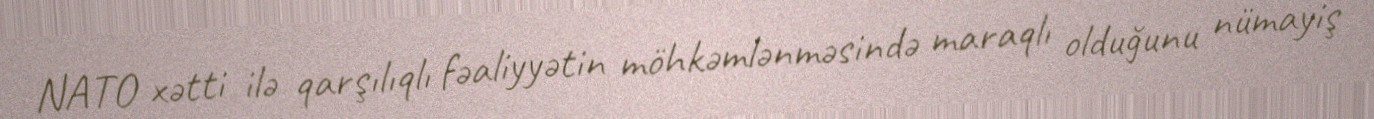
NATO xətti ilə qarşılıqlı fəaliyyətin möhkəmlənməsində maraqlı olduğunu nümayiş